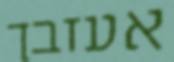
אעזבך